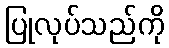
ပြုလုပ်သည်ကို